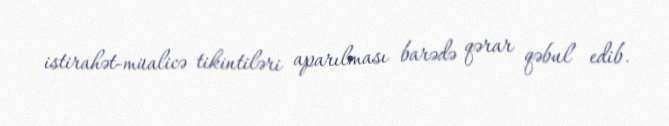
istirahət-müalicə tikintiləri aparılması barədə qərar qəbul edib.